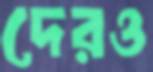
দেরও